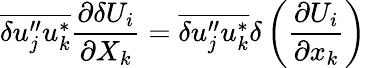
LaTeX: \overline{{{\delta u_{j}^{\prime\prime}u_{k}^{*}}}}\frac{\partial\delta U_{i}}{\partial X_{k}}=\overline{{{\delta u_{j}^{\prime\prime}u_{k}^{*}}}}\delta\left(\frac{\partial U_{i}}{\partial x_{k}}\right)